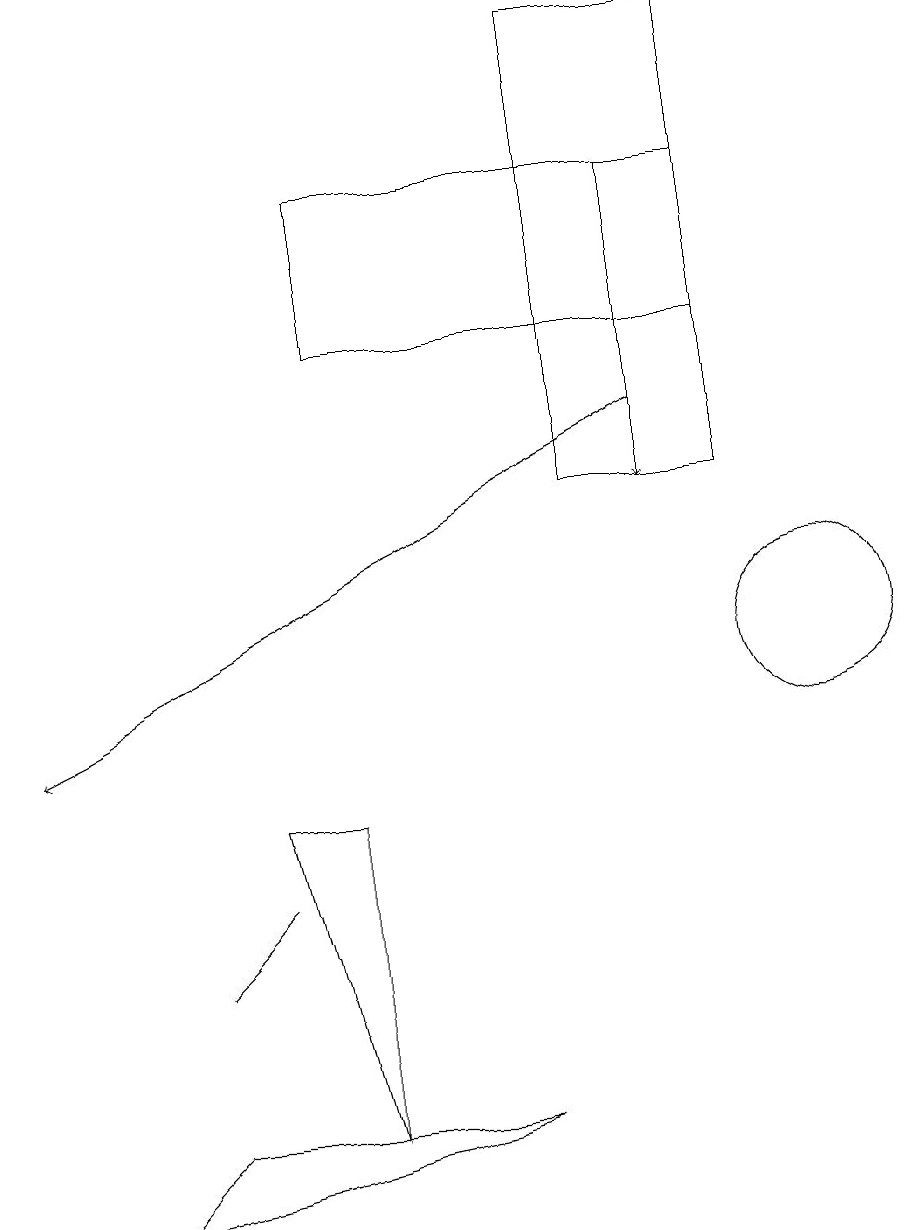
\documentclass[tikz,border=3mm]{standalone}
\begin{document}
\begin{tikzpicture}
\draw[->] (8,17) -- (8,13);
\draw (9,17) rectangle (4,15);
\draw (9,19) rectangle (7,13);
\draw (3,9) -- (4,5) -- (4,9) -- cycle;
\draw (6,5) -- (1,4) -- (2,5) -- cycle;
\draw (10,11) circle (1);
\draw[->] (8,14) -- (0,10);
\draw (2,7) -- (2,7) -- (3,8) -- cycle;
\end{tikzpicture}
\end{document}